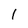
Character: 1